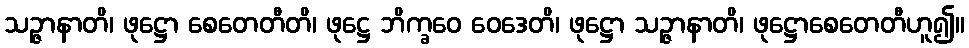
သဉ္ဇာနာတိ၊ ဖုဋ္ဌော စေတေတီတိ၊ ဖုဋ္ဌေ ဘိက္ခဝေ ဝေဒေတိ၊ ဖုဋ္ဌော သဉ္ဇာနာတိ၊ ဖုဋ္ဌောစေတေတီဟူ၍။